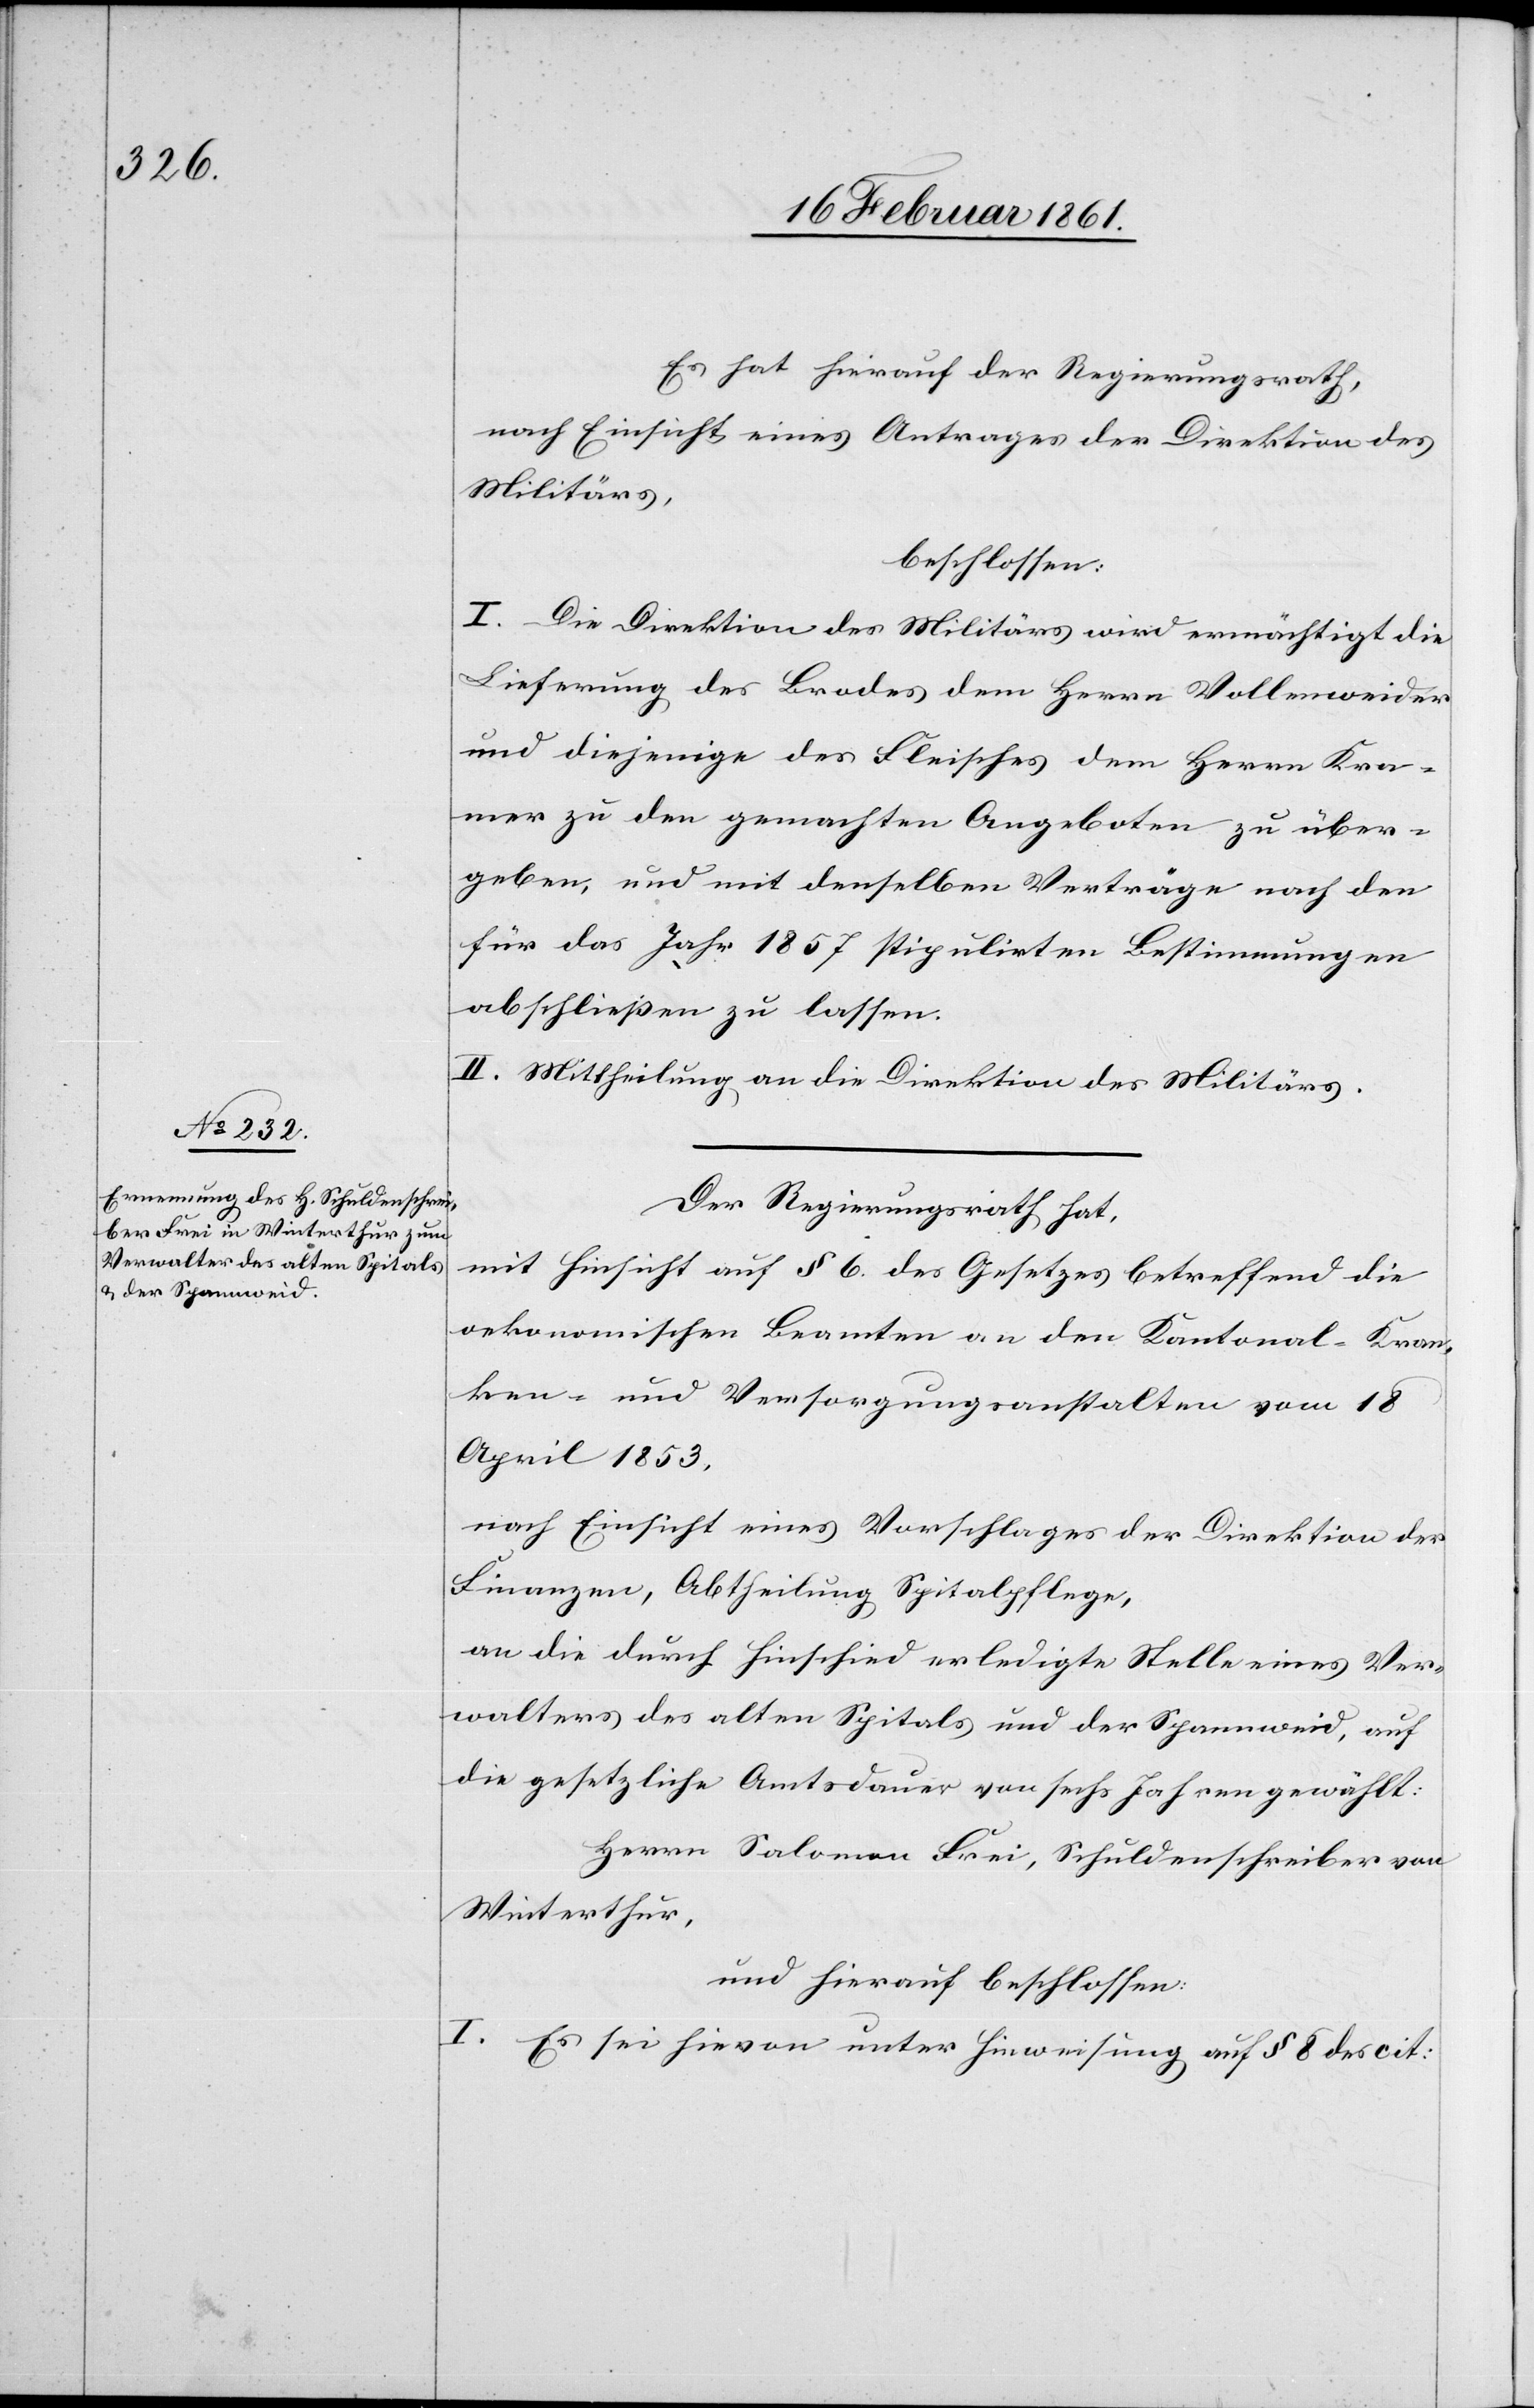
Es hat hierauf der Regierungsrath,
nach Einsicht eines Antrages der Direktion des
Militärs,
beschlossen.
I. Die Direktion des Militärs wird ermächtigt die
Lieferung des Brodes dem Herrn Vollenweider
und diejenige des Fleisches dem Herrn Kra¬
mer zu den gemachten Angeboten zu über¬
geben, und mit denselben Verträge nach den
für das Jahr 1857 stipulirten Bestimmungen
abschließen zu lassen.
II. Mittheilung an die Direktion des Militärs.
Der Regierungsrath hat,
mit Hinsicht auf § 6 des Gesetzes betreffend die
oekonomischen Beamten an den Kantonal-Kran¬
ken- und Versorgungsanstalten vom 18.
April 1853,
nach Einsicht eines Vorschlages der Direktion der
Finanzen, Abtheilung Spitalpflege,
an die durch Hinschied erledigte Stelle eines Ver¬
walters des alten Spitals und der Spannweid, auf
die gesetzliche Amtsdauer von sechs Jahren gewählt:
Herrn Salomon Frei, Schuldenschreiber von
Winterthur,
und hierauf beschlossen:
I. Es sei hievon unter Hinweisung auf § 8 des cit: